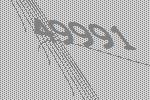
49991